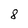
Character: 8